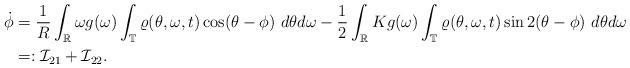
LaTeX: \begin{align*}\begin{aligned}{\dot \phi} &= \frac{1}{R} \int_{\mathbb R} \omega g(\omega) \int_{\mathbb T} \varrho(\theta, \omega, t) \cos(\theta -\phi) ~ d\theta d\omega -\frac{1}{2} \int_{\mathbb R} Kg(\omega) \int_{\mathbb T} \varrho(\theta, \omega, t) \sin 2(\theta - \phi) ~ d\theta d\omega \cr& =: {\mathcal I}_{21} + {\mathcal I}_{22}.\end{aligned}\end{align*}